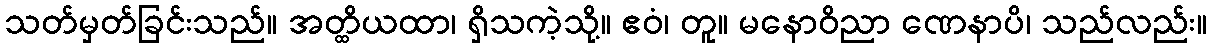
သတ်မှတ်ခြင်းသည်။ အတ္ထိယထာ၊ ရှိသကဲ့သို့။ ဧဝံ၊ တူ။ မနောဝိညာ ဏေနာပိ၊ သည်လည်း။